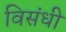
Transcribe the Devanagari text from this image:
विसंधी